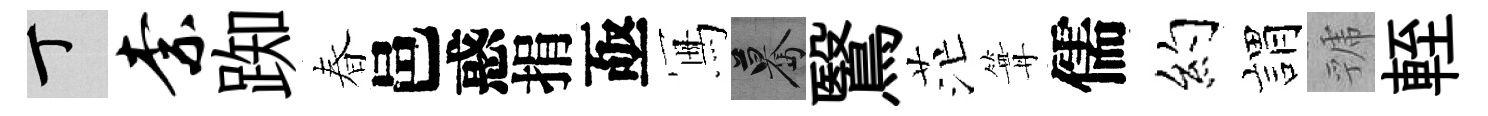
丁柰踟春邑惑捐亟冩驀鷖茫篝儒约娟虢輊